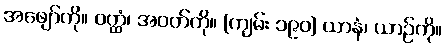
အဖျော်ကို။ ဝတ္ထံ၊ အဝတ်ကို။ [ကျမ်း ၁၉၀] ယာနံ၊ ယာဉ်ကို။